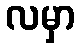
လမှာ